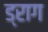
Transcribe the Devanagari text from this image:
ड्राग